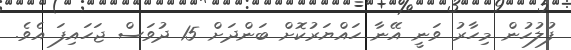
ފުލުހުން މިހާރު ވަނީ އޭނާ ހައްޔަރުކޮށް ބަންދަށް 15 ދުވަސް ޖަހައިފަ އެވެ.